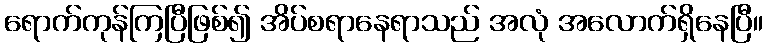
ရောက်ကုန်ကြပြီဖြစ်၍ အိပ်စရာနေရာသည် အလုံ အလောက်ရှိနေပြီ။